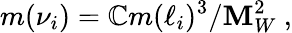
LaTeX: m(\nu_{i})=\mathbb{C}m(\ell_{i})^{3}/\mathbf{M}_{W}^{2}\ ,